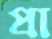
প্রা